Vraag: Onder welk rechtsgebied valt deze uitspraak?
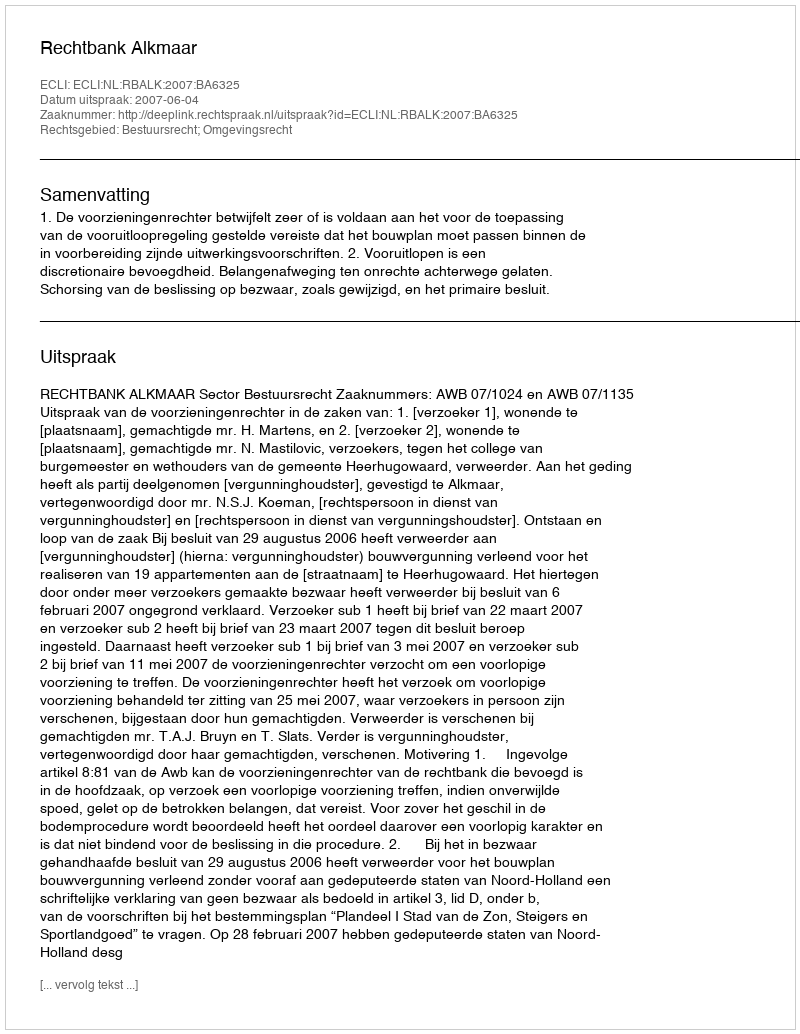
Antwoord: Bestuursrecht; Omgevingsrecht